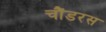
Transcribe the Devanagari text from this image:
चौंडरस